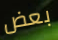
بعض